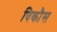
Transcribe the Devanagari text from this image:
विकाैस